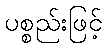
ပစ္စည်းဖြင့်